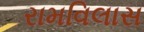
રામવિલાસ